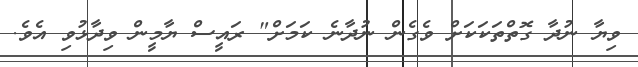
ވިޔާ ނުދާ ގޮތްތަކަކަށް ވެގެން ނުދާނެ ކަމަށް" ރައީސް ޔާމީން ވިދާޅުވި އެވެ.